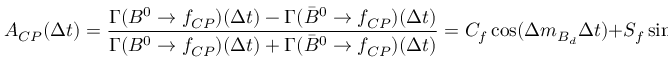
{ \cal A } _ { C P } ( \Delta t ) = { \frac { \Gamma ( B ^ { 0 } \rightarrow f _ { C P } ) ( \Delta t ) - \Gamma ( \bar { B } ^ { 0 } \rightarrow f _ { C P } ) ( \Delta t ) } { \Gamma ( B ^ { 0 } \rightarrow f _ { C P } ) ( \Delta t ) + \Gamma ( \bar { B } ^ { 0 } \rightarrow f _ { C P } ) ( \Delta t ) } } = C _ { f } \cos ( \Delta m _ { B _ { d } } \Delta t ) + S _ { f } \sin ( \Delta m _ { B _ { d } } \Delta t ) ,